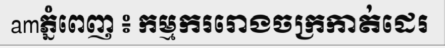
amភ្នំពេញ ៖ កម្មកររោងចក្រកាត់ដេរ